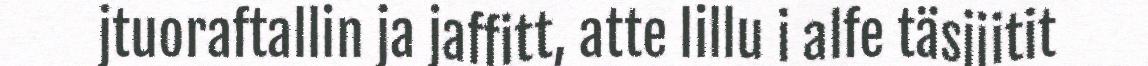
jtuoraftallin ja jaffitt, atte lillu i alfe täsjjitit